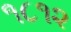
૧૮૧૨